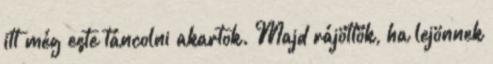
itt még este táncolni akartok. Majd rájöttök, ha lejönnek